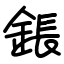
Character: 鋹